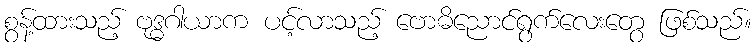
စွန့်ထားသည့် ဗုဒ္ဓဂါယာက ပင့်လာသည့် ဗောဓိညောင်ရွက်လေးတွေ ဖြစ်သည်။